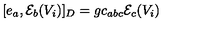
[ e _ { a } , { \cal E } _ { b } ( V _ { i } ) ] _ { D } = g c _ { a b c } { \cal E } _ { c } ( V _ { i } )